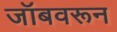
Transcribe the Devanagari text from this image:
जॉबवरून